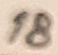
Text: 18